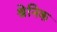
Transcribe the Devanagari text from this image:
श्रेनिक